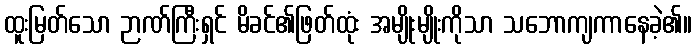
ထူးမြတ်သော ဉာဏ်ကြီးရှင် မိခင်၏ဖြတ်ထုံး အမျိုးမျိုးကိုသာ သဘောကျကာနေခဲ့၏။